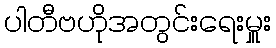
ပါတီဗဟိုအတွင်းရေးမှူး